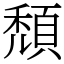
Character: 頹